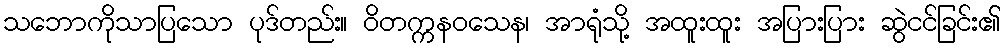
သဘောကိုသာပြသော ပုဒ်တည်း။ ဝိတက္ကနဝသေန၊ အာရုံသို့ အထူးထူး အပြားပြား ဆွဲငင်ခြင်း၏